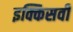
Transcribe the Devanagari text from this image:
इक्किसवीं